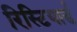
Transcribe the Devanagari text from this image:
रिस्टियार्ड